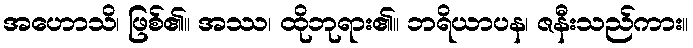
အဟောသိ၊ ဖြစ်၏။ အဿ၊ ထိုဘုရား၏။ ဘရိယာပန၊ ဇနီးသည်ကား။